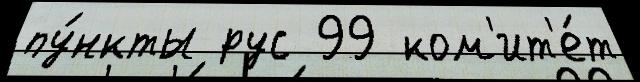
пу́нкты рус 99 ком'ит'е́т